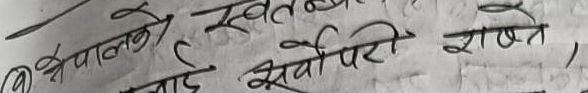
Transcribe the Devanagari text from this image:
(२) नेपालले स्वतन्त्रतालाई सर्वोपरि राख्न,